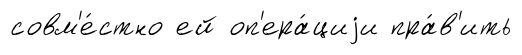
совм'е́стно ей оп'ера́циjи пра́в'ить